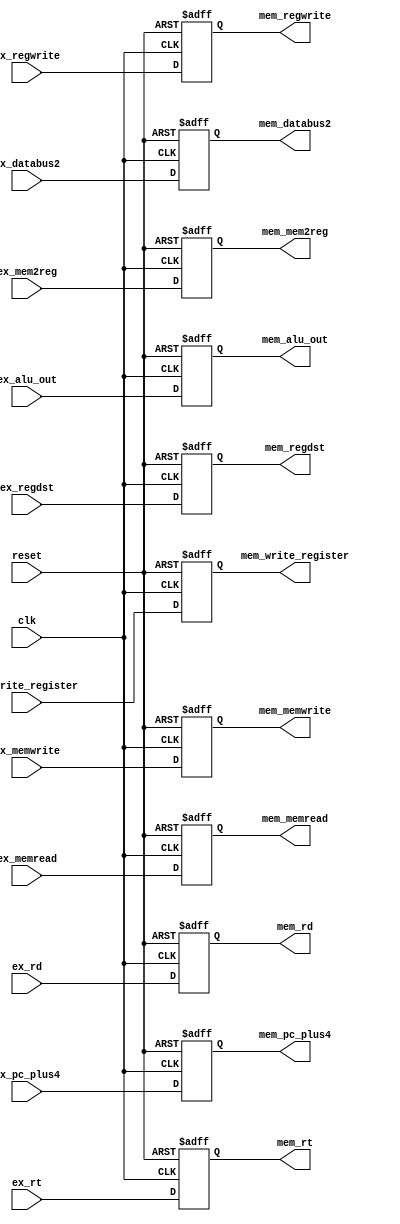
`timescale 1ns / 1ps
//////////////////////////////////////////////////////////////////////////////////
// Company: 
// Engineer: 
// 
// Design Name: 
// Module Name: EX_MEM
// Project Name: 
// Target Devices: 
// Tool Versions: 
// Description: 
// 
// Dependencies: 
// 
// Revision:
// Revision 0.01 - File Created
// Additional Comments:
// 
//////////////////////////////////////////////////////////////////////////////////


module EX_MEM(
    input wire clk,
    input wire reset,
    
  //  input wire[31:0]ex_instruction,
    input wire[4:0]ex_write_register,
    input wire ex_regwrite,
    input wire [1:0] ex_regdst,
    input wire[1:0] ex_mem2reg,
    input wire ex_memread,
    input wire ex_memwrite,
    input wire[31:0]ex_alu_out,
    input wire[31:0]ex_pc_plus4,//jrjalr
    input wire[4:0]ex_rt,
    input wire[4:0]ex_rd,
    input wire[31:0]ex_databus2,
    
  //  output reg[31:0]mem_instruction,
    output reg[4:0]mem_write_register,
    output reg mem_regwrite,
    output reg[1:0]mem_regdst,
    output reg[1:0]mem_mem2reg,
    output reg mem_memread,
    output reg mem_memwrite,
    output reg [31:0]mem_alu_out,
    output reg[31:0]mem_pc_plus4,
    output reg [4:0]mem_rt,
    output reg [4:0]mem_rd,
    output reg[31:0]mem_databus2
    );
    
    
    always@(posedge clk or posedge reset)
    if(reset)begin
    mem_write_register <=0;
        mem_databus2 <=0;
        mem_regwrite<=0;
        mem_regdst<=0;
        mem_mem2reg<=0;
        mem_memread<=0;
        mem_memwrite<=0;
        mem_alu_out<=0;
        mem_pc_plus4<=0;
        mem_rt<=0;
        mem_rd<=0;
    end
    else begin
        mem_write_register <= ex_write_register;
        mem_databus2<=ex_databus2;
        mem_regwrite<=ex_regwrite;
        mem_regdst<=ex_regdst;
        mem_mem2reg<=ex_mem2reg;
        mem_memread<=ex_memread;
        mem_memwrite<=ex_memwrite;
        mem_alu_out<=ex_alu_out;
        mem_pc_plus4<=ex_pc_plus4;
        mem_rt<=ex_rt;
        mem_rd<=ex_rd;
     //   mem_instruction <=ex_instruction;
        
    end
        
    
endmodule